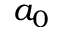
a _ { 0 }